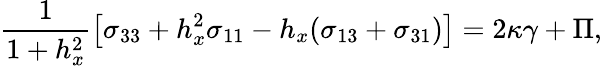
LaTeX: \frac{1}{1+h_{x}^{2}}\left[\sigma_{33}+h_{x}^{2}\sigma_{11}-h_{x}(\sigma_{13}+\sigma_{31})\right]=2\kappa\gamma+\Pi,